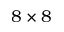
8 \times 8